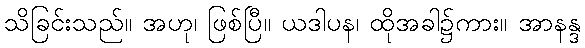
သိခြင်းသည်။ အဟု၊ ဖြစ်ပြီ။ ယဒါပန၊ ထိုအခါ၌ကား။ အာနန္ဒ